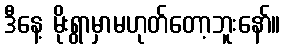
ဒီနေ့ မိုးရွာမှာမဟုတ်တော့ဘူးနော်။